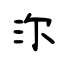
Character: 沵